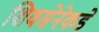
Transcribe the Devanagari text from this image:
शिवसेनेकडे